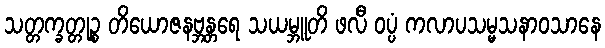
သတ္တက္ခတ္တုဉ္စ တိယောဇနဗ္ဘန္တရေ သယမ္ဘူတိ ဖလီ ဝပ္ပံ ကလာပသမ္မသနာဝသာနေ